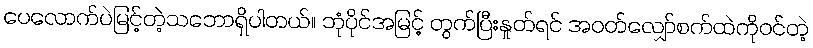
ပေလောက်ပဲမြင့်တဲ့သဘောရှိပါတယ်။ ဘုံပိုင်အမြင့် တွက်ပြီးနှုတ်ရင် အဝတ်လျှော်စက်ထဲကိုဝင်တဲ့